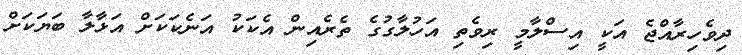
ދިވެހިރާއްޖެ އަކީ އިސްލާމީ ރިވެތި އަހުލާގުގެ ތެރެއިން އެކަކު އަނެކަކަށް އަޅާލާ ބަޔަކަށް